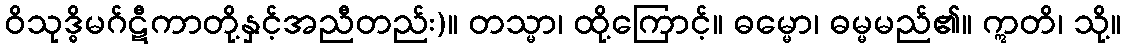
ဝိသုဒ္ဓိမဂ်ဋီကာတို့နှင့်အညီတည်း)။ တသ္မာ၊ ထို့ကြောင့်။ ဓမ္မော၊ ဓမ္မမည်၏။ ဣတိ၊ သို့။